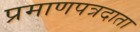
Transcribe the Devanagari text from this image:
प्रमाणपत्रदाता